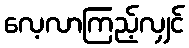
လေ့လာကြည့်လျှင်